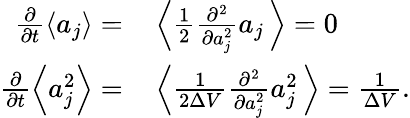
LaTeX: \begin{array}{rl}{\frac{\partial}{\partial t}\left\langle a_{j}\right\rangle=}&{{}\left\langle\frac{1}{2}\frac{\partial^{2}}{\partial a_{j}^{2}}a_{j}\, \right\rangle=0}\\ {\frac{\partial}{\partial t}\left\langle a_{j}^{2}\right\rangle=}&{{}\left\langle\frac{1}{2\Delta V}\frac{\partial^{2}}{\partial a_{j}^{2}}a_{j}^{2}\, \right\rangle=\frac{1}{\Delta V}.}\end{array}